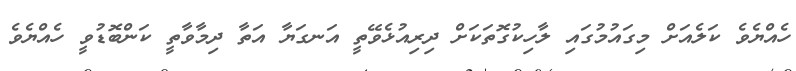
ހެއްޔެވެ ކަލެއަށް މިގައުމުގައި ލާހިކުގޮތަކަށް ދިރިއުޅެވޭތީ އަނގަޔާ އަތާ ދިމާވާތީ ކަންބޮޑުވީ ހެއްޔެވެ